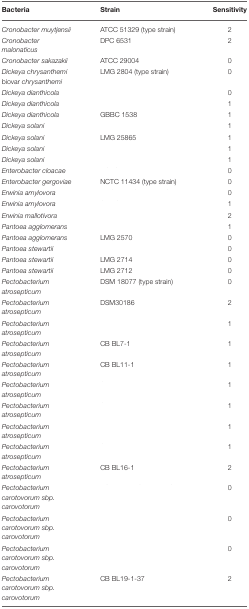
<table><thead><tr><td><b>Bacteria</b></td><td><b>Strain</b></td><td><b>Sensitivity</b></td></tr></thead><tbody><tr><td><i>Cronobacter muytjensii</i></td><td>ATCC 51329 (type strain)</td><td>2</td></tr><tr><td><i>Cronobacter malonaticus</i></td><td>DPC 6531</td><td>2</td></tr><tr><td><i>Cronobacter sakazakii</i></td><td>ATCC 29004</td><td>0</td></tr><tr><td><i>Dickeya chrysanthemi</i> biovar <i>chrysanthemi</i></td><td>LMG 2804 (type strain)</td><td>0</td></tr><tr><td><i>Dickeya dianthicola</i></td><td>[EMPTY_CELL]</td><td>0</td></tr><tr><td><i>Dickeya dianthicola</i></td><td>[EMPTY_CELL]</td><td>1</td></tr><tr><td><i>Dickeya dianthicola</i></td><td>GBBC 1538</td><td>1</td></tr><tr><td><i>Dickeya solani</i></td><td>[EMPTY_CELL]</td><td>1</td></tr><tr><td><i>Dickeya solani</i></td><td>LMG 25865</td><td>1</td></tr><tr><td><i>Dickeya solani</i></td><td>[EMPTY_CELL]</td><td>1</td></tr><tr><td><i>Dickeya solani</i></td><td>[EMPTY_CELL]</td><td>1</td></tr><tr><td><i>Enterobacter cloacae</i></td><td>[EMPTY_CELL]</td><td>0</td></tr><tr><td><i>Enterobacter gergoviae</i></td><td>NCTC 11434 (type strain)</td><td>0</td></tr><tr><td><i>Erwinia amylovora</i></td><td>[EMPTY_CELL]</td><td>0</td></tr><tr><td><i>Erwinia amylovora</i></td><td>[EMPTY_CELL]</td><td>1</td></tr><tr><td><i>Erwinia mallotivora</i></td><td>[EMPTY_CELL]</td><td>2</td></tr><tr><td><i>Pantoea agglomerans</i></td><td>[EMPTY_CELL]</td><td>1</td></tr><tr><td><i>Pantoea agglomerans</i></td><td>LMG 2570</td><td>0</td></tr><tr><td><i>Pantoea stewartii</i></td><td>[EMPTY_CELL]</td><td>0</td></tr><tr><td><i>Pantoea stewartii</i></td><td>LMG 2714</td><td>0</td></tr><tr><td><i>Pantoea stewartii</i></td><td>LMG 2712</td><td>0</td></tr><tr><td><i>Pectobacterium atrosepticum</i></td><td>DSM 18077 (type strain)</td><td>0</td></tr><tr><td><i>Pectobacterium atrosepticum</i></td><td>DSM30186</td><td>2</td></tr><tr><td><i>Pectobacterium atrosepticum</i></td><td>[EMPTY_CELL]</td><td>1</td></tr><tr><td><i>Pectobacterium atrosepticum</i></td><td>CB BL7-1</td><td>1</td></tr><tr><td><i>Pectobacterium atrosepticum</i></td><td>CB BL11-1</td><td>1</td></tr><tr><td><i>Pectobacterium atrosepticum</i></td><td>[EMPTY_CELL]</td><td>1</td></tr><tr><td><i>Pectobacterium atrosepticum</i></td><td>[EMPTY_CELL]</td><td>1</td></tr><tr><td><i>Pectobacterium atrosepticum</i></td><td>[EMPTY_CELL]</td><td>1</td></tr><tr><td><i>Pectobacterium atrosepticum</i></td><td>[EMPTY_CELL]</td><td>1</td></tr><tr><td><i>Pectobacterium atrosepticum</i></td><td>CB BL16-1</td><td>2</td></tr><tr><td><i>Pectobacterium carotovorum sbp. carovotorum</i></td><td>[EMPTY_CELL]</td><td>0</td></tr><tr><td><i>Pectobacterium carotovorum sbp. carovotorum</i></td><td>[EMPTY_CELL]</td><td>0</td></tr><tr><td><i>Pectobacterium carotovorum sbp. carovotorum</i></td><td>[EMPTY_CELL]</td><td>0</td></tr><tr><td><i>Pectobacterium carotovorum sbp. carovotorum</i></td><td>CB BL19-1-37</td><td>2</td></tr></tbody></table>